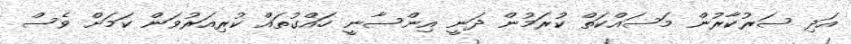
އަދި ސަރުކާރުން މަސައްކަތް ކުރަމުން ދަނީ އިންސާނީ ހައްގުތައް ކުރިއަރުވަން ކަމަށް ވެސް